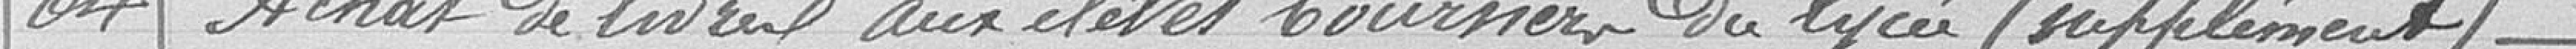
64 / Achats de livres aux élèves boursiers du lycée (suppléments)